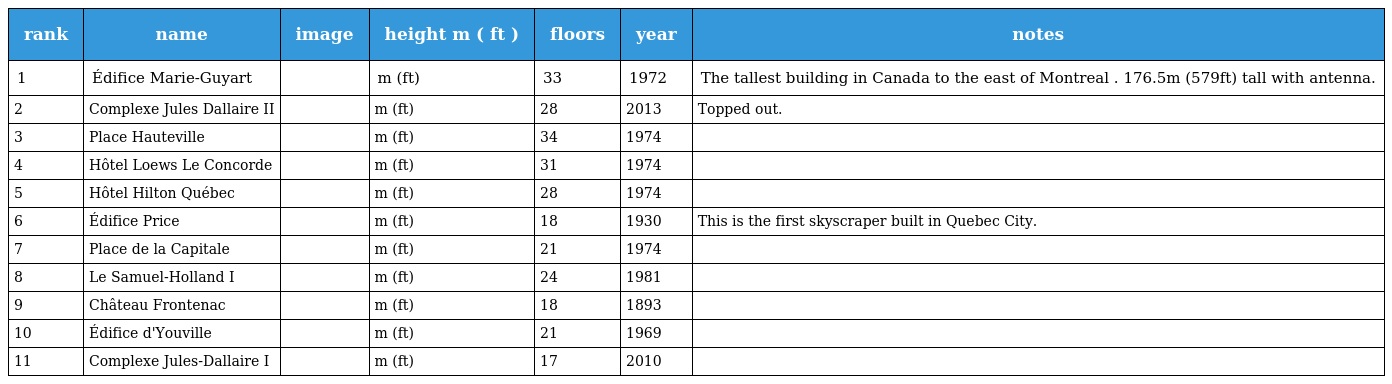
| rank | name | image | height m ( ft ) | floors | year | notes |
 | --- | --- | --- | --- | --- | --- | --- |
 | 1 | Édifice Marie-Guyart |  | m (ft) | 33 | 1972 | The tallest building in Canada to the east of Montreal . 176.5m (579ft) tall with antenna. |
 | 2 | Complexe Jules Dallaire II |  | m (ft) | 28 | 2013 | Topped out. |
 | 3 | Place Hauteville |  | m (ft) | 34 | 1974 |  |
 | 4 | Hôtel Loews Le Concorde |  | m (ft) | 31 | 1974 |  |
 | 5 | Hôtel Hilton Québec |  | m (ft) | 28 | 1974 |  |
 | 6 | Édifice Price |  | m (ft) | 18 | 1930 | This is the first skyscraper built in Quebec City. |
 | 7 | Place de la Capitale |  | m (ft) | 21 | 1974 |  |
 | 8 | Le Samuel-Holland I |  | m (ft) | 24 | 1981 |  |
 | 9 | Château Frontenac |  | m (ft) | 18 | 1893 |  |
 | 10 | Édifice d'Youville |  | m (ft) | 21 | 1969 |  |
 | 11 | Complexe Jules-Dallaire I |  | m (ft) | 17 | 2010 |  |